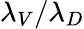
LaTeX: \lambda_{V}/\lambda_{D}